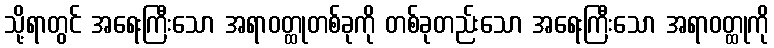
သို့ရာတွင် အရေးကြီးသော အရာဝတ္ထုတစ်ခုကို တစ်ခုတည်းသော အရေးကြီးသော အရာဝတ္ထုကို